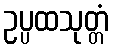
ဥပ္ပထသုတ္တံ